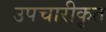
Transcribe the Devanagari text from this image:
उपचारीकृत